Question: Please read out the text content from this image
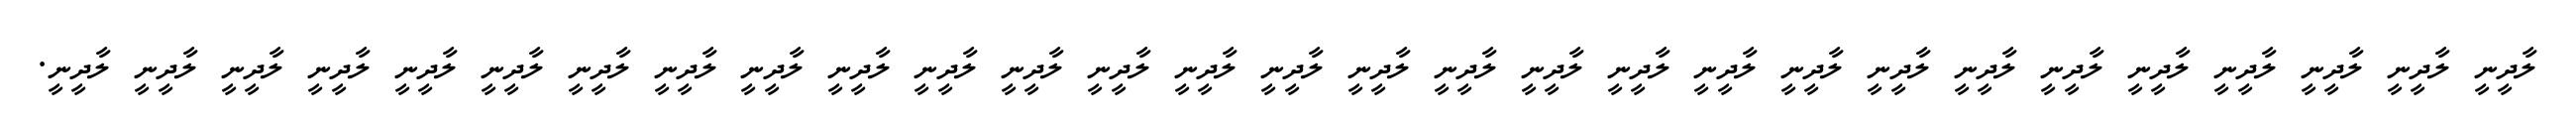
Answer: ލާދީނީ ލާދީނީ ލާދީނީ ލާދީނީ ލާދީނީ ލާދީނީ ލާދީނީ ލާދީނީ ލާދީނީ ލާދީނީ ލާދީނީ ލާދީނީ ލާދީނީ ލާދީނީ ލާދީނީ ލާދީނީ ލާދީނީ ލާދީނީ ލާދީނީ ލާދީނީ ލާދީނީ ލާދީނީ ލާދީނީ ލާދީނީ ލާދީނީ ލާދީނީ ލާދީނީ ލާދީނީ ލާދީނީ.